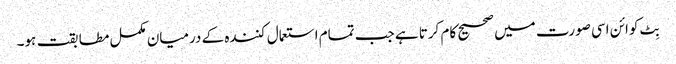
بِٹ کوائن اسی صورت میں صحیح کام کرتا ہے جب تمام استعمال کنندہ کے درمیان مکمل مطابقت ہو۔